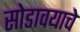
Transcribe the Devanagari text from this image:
सोडावयाचे